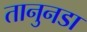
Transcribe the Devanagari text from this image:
तानुनडा